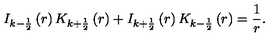
I _ { k - \frac 1 2 } \left( r \right) K _ { k + \frac 1 2 } \left( r \right) + I _ { k + \frac 1 2 } \left( r \right) K _ { k - \frac 1 2 } \left( r \right) = \frac 1 r .